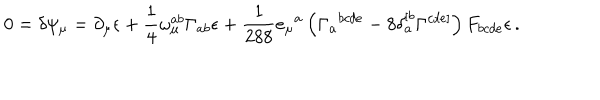
0 = \delta \psi _ { \mu } = \partial _ { \mu } \epsilon + \frac 1 4 \omega _ { \mu } ^ { a b } \Gamma _ { a b } \epsilon + \frac 1 { 2 8 8 } e _ { \mu } { } ^ { a } \left( \Gamma _ { a } { } ^ { b c d e } - 8 \delta _ { a } ^ { [ b } \Gamma ^ { c d e ] } \right) F _ { b c d e } \epsilon \, .